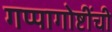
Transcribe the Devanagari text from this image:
गप्पागोष्टींची